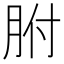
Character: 胕